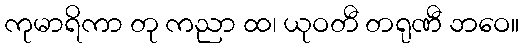
ကုမာရိကာ တု ကညာ ထ၊ ယုဝတီ တရုဏီ ဘဝေ။